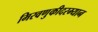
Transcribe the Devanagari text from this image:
मिरवणुकीदरम्यान